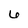
Character: 6